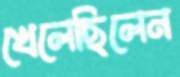
খেলেছিলেন